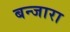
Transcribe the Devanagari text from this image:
बन्जारा